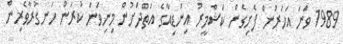
1989 ވަނަ އަހަރުން ފެށިގެން ކަޝްމީރު އިންޑިއާގެ އަތްދަަށުން މިިނިވަން ކުރަން ހަނގުރާވެރިން